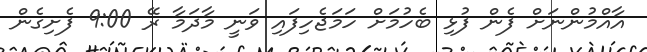
އާއްމުންނަށް ފެން ފުޅި ބެހުމަށް ހަމަޖެހިފައި ވަނީ މާދަމާ ރޭ 9:00 ފެށިގެން